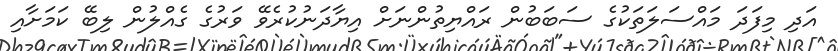
އަދި މިފަދަ މައްސަލަތަކުގެ ސަބަބުން ރައްޔިތުންނަށް އިޔާދަނުކުރެވޭ ވަރުގެ ގެއްލުން ލިބޭ ކަމަށާއި